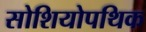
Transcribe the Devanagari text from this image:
सोशियोपथिक